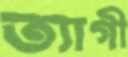
ত্যাগী